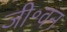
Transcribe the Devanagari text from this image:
जी॰वन